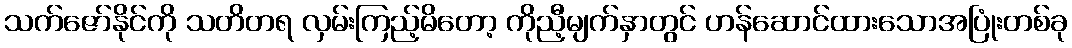
သက်ဇော်နိုင်ကို သတိတရ လှမ်းကြည့်မိတော့ ကိုညီ့မျက်နှာတွင် ဟန်ဆောင်ထားသောအပြုံးတစ်ခု